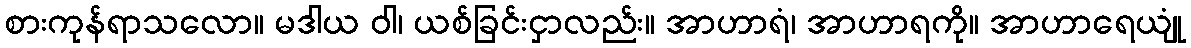
စားကုန်ရာသလော။ မဒါယ ဝါ၊ ယစ်ခြင်းငှာလည်း။ အာဟာရံ၊ အာဟာရကို။ အာဟာရေယျုံ